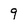
Character: 9